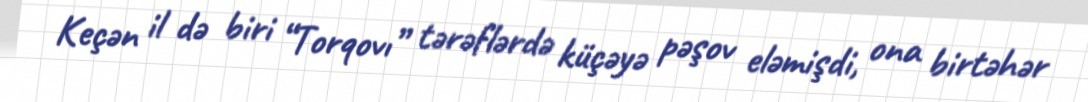
Keçən il də biri “Torqovı” tərəflərdə küçəyə pəşov eləmişdi, ona birtəhər